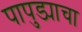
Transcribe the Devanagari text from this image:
पापुड्याचा